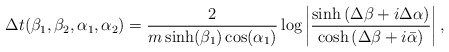
\begin{align*}\Delta t(\beta_{1},\beta_{2},\alpha_{1},\alpha_{2})=\frac{2}{m\sinh(\beta_{1})\cos(\alpha_{1})}\log\left |\frac{\sinh\left(\Delta\beta+i\Delta\alpha\right)}{\cosh\left(\Delta\beta+i\bar{\alpha}\right)}\right |,\end{align*}